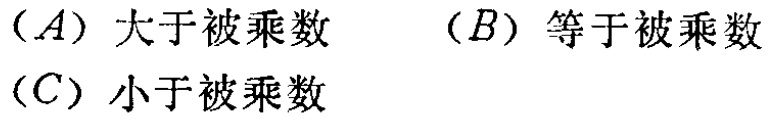
（A）大于被乘数 （B）等于被乘数 （C）小于被乘数